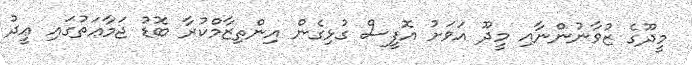
މީދޫގެ ޒުވާނުންނާއި މީދޫ އަވަށު އޮފީސް ގުޅިގެން އިންތިޒާމްކުރާ ބޮޑު ޖަމާާޢަތުގައި ޢީދު